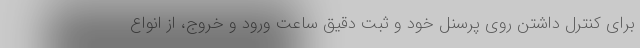
برای کنترل داشتن روی پرسنل خود و ثبت دقیق ساعت ورود و خروج، از انواع